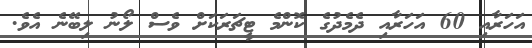
އަހަރާއި 60 އަހަރާއި ދެމެދުގެ ކޮންމެ ޓީޗަރަކަށް ވެސް ލޯނު ލިބޭނެ އެވެ.